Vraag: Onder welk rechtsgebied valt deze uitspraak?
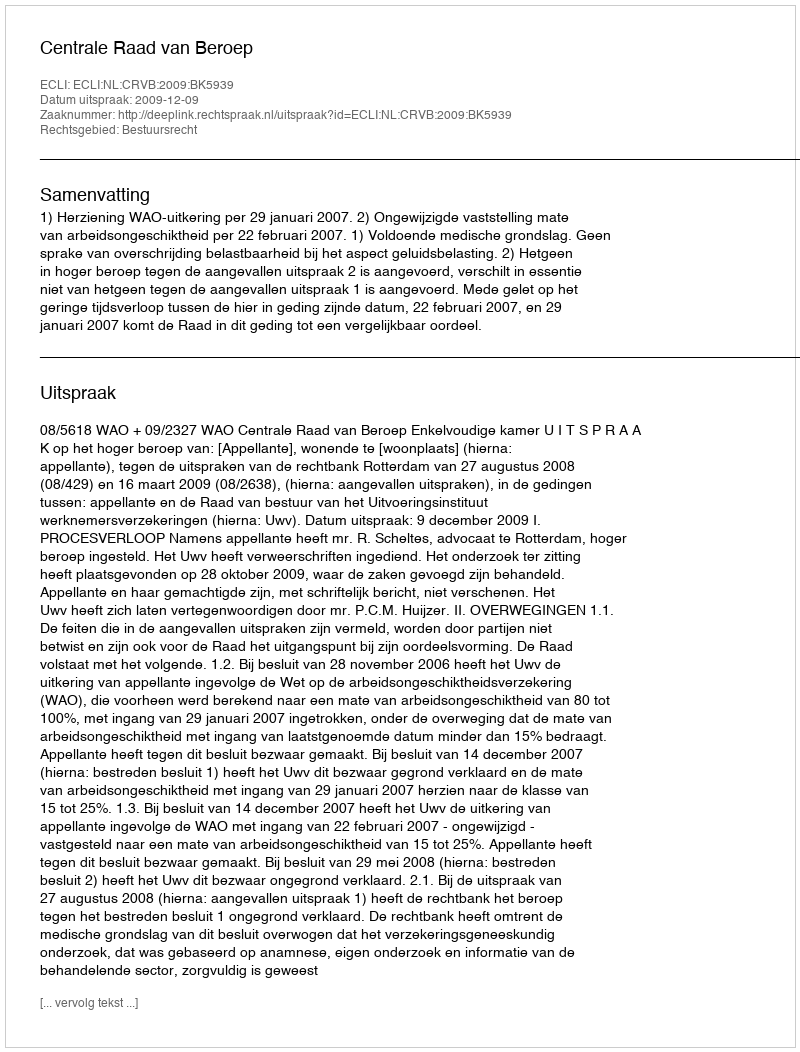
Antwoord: Bestuursrecht